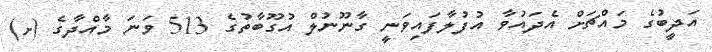
އަދީބުގެ މައްޗަށް އެދައުވާ އުފުލާފައިވަނީ ގާނޫނުލް އުގޫބާތުގެ 513 ވަނަ މާއްދާގެ (ށ)